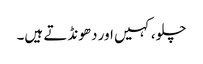
چلو، کہیں اور دھونڈتے ہیں۔